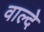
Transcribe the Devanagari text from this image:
वाल्दे